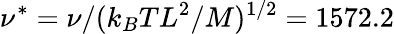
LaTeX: \nu^{*}=\nu/(k_{B}TL^{2}/M)^{1/2}=1572.2